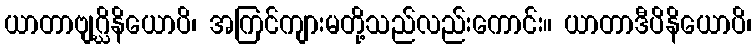
ယာတာဗျဂ္ဃိနိယောပိ၊ အကြင်ကျားမတို့သည်လည်းကောင်း။ ယာတာဒီပိနိယောပိ၊